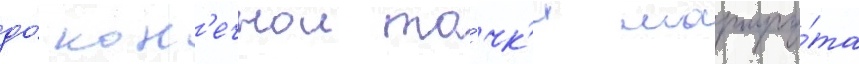
до́ кон'ечнои то́чк'и маршру́та